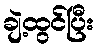
ချဲ့ထွင်ပြီး